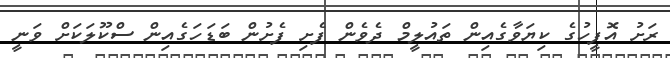
ރަށު އޮފީހުގެ ކިޔަވާގެއިން ތައުލީމް ދެވެން ފެށި ފެށުން ބަޑަހަގެއިން ސްކޫލަކަށް ވަނީ